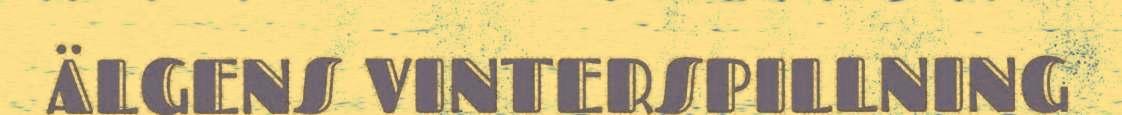
ÄLGENS VINTERSPILLNING